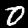
Label: 0